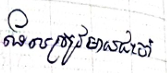
ដែលត្រូវមានជាចាំ